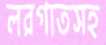
লরগাতসহ